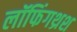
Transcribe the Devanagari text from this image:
लॉफिंगथ्रश